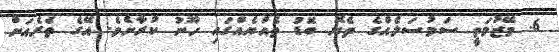
6. މޭޒުމަތީ ސަމުސަލެއްގެ ތެޔޮ ބޮޑު ތެއްޔެއްގައި ހޫނު ކުރާށެވެ. އޭގެ ތެރެއަށް